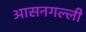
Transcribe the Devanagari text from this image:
आसनगल्ली